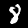
Label: 8